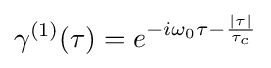
\gamma ^{(1)}(\tau )=e^{-i\omega _{0}\tau -{\frac {|\tau |}{\tau _{c}}}}